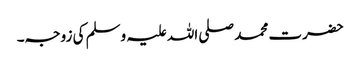
حضرت محمد صلی اللہ علیہ وسلم کی زوجہ۔